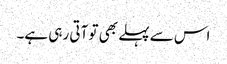
اس سے پہلے بھی تو آتی رہی ہے۔